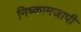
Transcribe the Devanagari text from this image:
निष्कामजापी